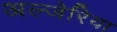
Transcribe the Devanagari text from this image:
अल्जेरिया